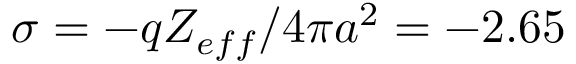
\sigma = - q Z _ { e f f } / 4 \pi a ^ { 2 } = - 2 . 6 5